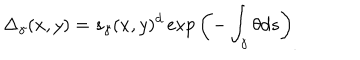
\Delta _ { \gamma } ( x , y ) = s _ { \gamma } ( x , y ) ^ { d } \exp \left( - \int _ { \gamma } \theta d s \right) _ { . }